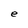
Character: e